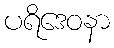
ပရိဒေဝနာ